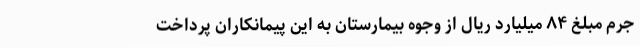
جرم مبلغ ۸۴ میلیارد ریال از وجوه بیمارستان به این پیمانکاران پرداخت